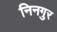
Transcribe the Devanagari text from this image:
निनगुर